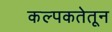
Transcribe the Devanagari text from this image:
कल्पकतेतून